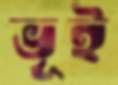
ভূই